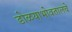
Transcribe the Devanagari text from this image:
डोळयाभोवतालचे